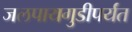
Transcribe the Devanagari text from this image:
जलपायगुडीपर्यंत